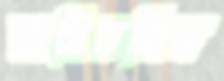
অমিতজির